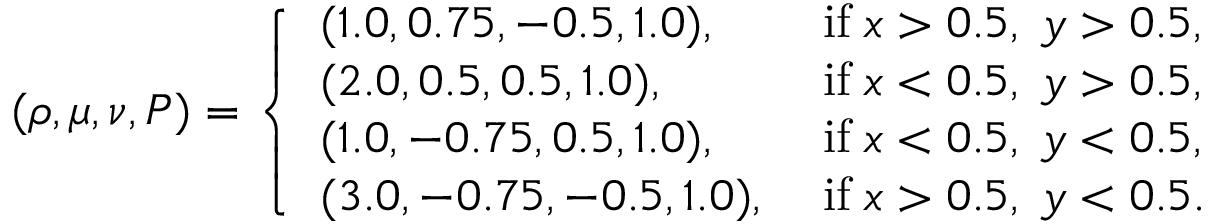
( \rho , \mu , \nu , P ) = \left\{ \begin{array} { l l } { ( 1 . 0 , 0 . 7 5 , - 0 . 5 , 1 . 0 ) , \; } & { \mathrm { i f } \; x > 0 . 5 , \; y > 0 . 5 , } \\ { ( 2 . 0 , 0 . 5 , 0 . 5 , 1 . 0 ) , \; } & { \mathrm { i f } \; x < 0 . 5 , \; y > 0 . 5 , } \\ { ( 1 . 0 , - 0 . 7 5 , 0 . 5 , 1 . 0 ) , \; } & { \mathrm { i f } \; x < 0 . 5 , \; y < 0 . 5 , } \\ { ( 3 . 0 , - 0 . 7 5 , - 0 . 5 , 1 . 0 ) , \; } & { \mathrm { i f } \; x > 0 . 5 , \; y < 0 . 5 . } \end{array} \right.